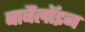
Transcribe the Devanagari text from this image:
बार्बैलॉइन